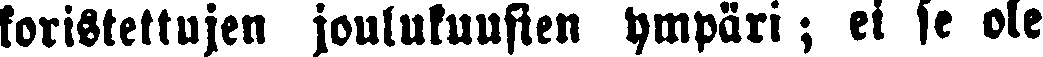
koristettujen joulukuusien ympäri ; ei se ole